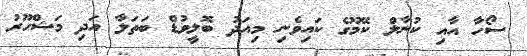
ސޯހާ އާއި ކުނާލް ކޭމޫގެ ކައިވެނި މިއަދު ބޮލީވުޑް ބަތަލާ އަދި މަޝްހޫރު